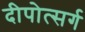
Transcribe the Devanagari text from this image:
दीपोत्सर्ग